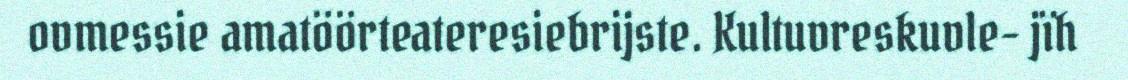
ovmessie amatöörteateresiebrijste. Kultuvreskuvle- jïh